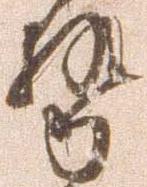
勢